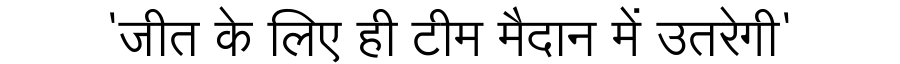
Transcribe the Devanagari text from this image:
'जीत के लिए ही टीम मैदान में उतरेगी'